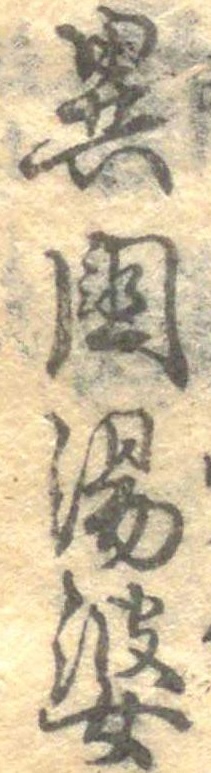
異国湯婆